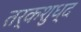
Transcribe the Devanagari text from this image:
तर्कशुध्द